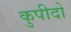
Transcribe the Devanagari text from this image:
कुपीदो